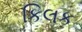
કિલક